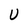
Character: U